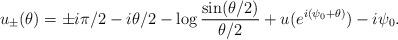
LaTeX: \begin{align*}u_{ \pm}(\theta)= \pm i\pi/2 - i\theta/2 - \log \frac{\sin (\theta/2) }{ \theta/2 } +u (e^{i(\psi_{0}+\theta)}) - i \psi_{0}.\end{align*}